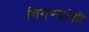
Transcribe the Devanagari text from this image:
चिमण्यांशी